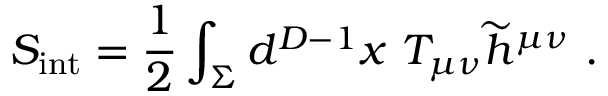
S _ { \mathrm { { \small i n t } } } = { \frac { 1 } { 2 } } \int _ { \Sigma } d ^ { D - 1 } x ~ T _ { \mu \nu } { \widetilde h } ^ { \mu \nu } ~ .